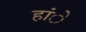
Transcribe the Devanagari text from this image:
हांे